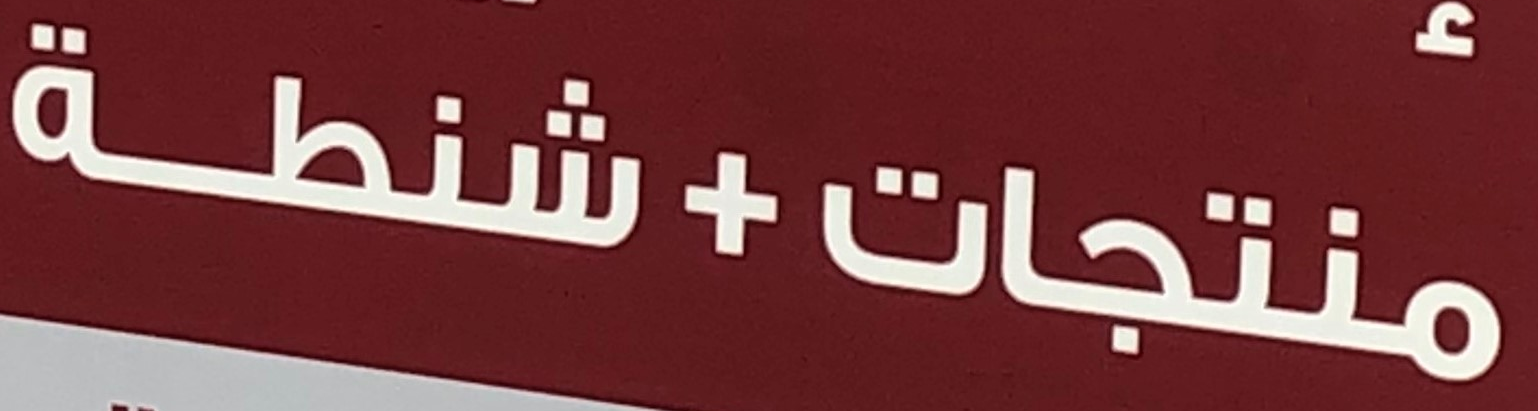
منتجات+شنطة